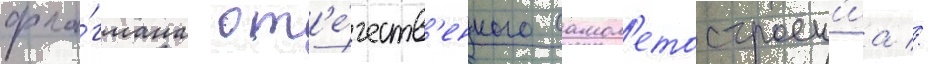
фла́гмана от'е́честв'енного самол'етостроен'иа //